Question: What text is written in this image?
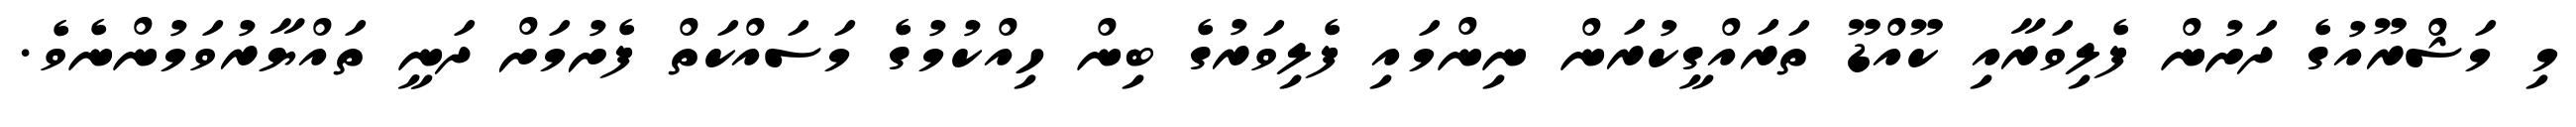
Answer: މި މަޝްރޫއުގެ ދަށުން ފެލިވަރާއި ކޫއްޑޫ ތަރައްގީކުރަން ނިންމައި ފެލިވަރުގެ ބިން ހިއްކުމުގެ މަސައްކަތް ފެށުމަށް ދަނީ ތައްޔާރުވަމުންނެވެ.